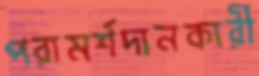
পরামর্শদানকারী